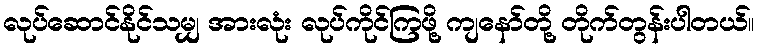
လုပ်ဆောင်နိုင်သမျှ အားလုံး လုပ်ကိုင်ကြဖို့ ကျနော်တို့ တိုက်တွန်းပါတယ်။